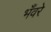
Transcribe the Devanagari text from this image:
भँवरे